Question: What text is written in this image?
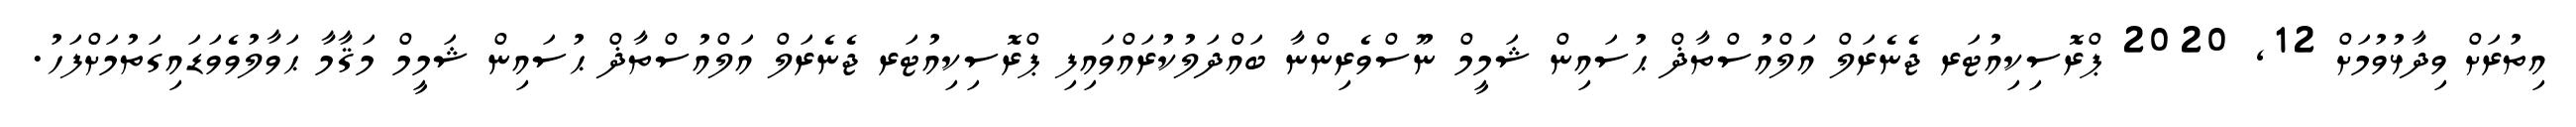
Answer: އިތުރަށް ވިދާޅުވުމަށް 12, 2020 ޕްރޮސިކިއުޓަރ ޖެނެރަލް އަލްއުސްތާޛް ޙުސައިން ޝަމީމް ނޫސްވެރިންނާ ބައްދަލުކުރައްވައިފި ޕްރޮސިކިއުޓަރ ޖެނެރަލް އަލްއުސްތާޛް ޙުސައިން ޝަމީމް މަޤާމާ ޙަވާލުވެވަޑައިގަތުމަށްފަހު.